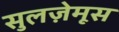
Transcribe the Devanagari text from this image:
सुलज़ेमूस